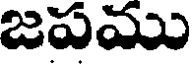
జపము